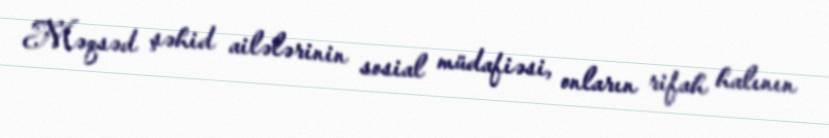
Məqsəd şəhid ailələrinin sosial müdafiəsi, onların rifah halının